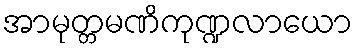
အာမုတ္တမဏိကုဏ္ဍလာယော